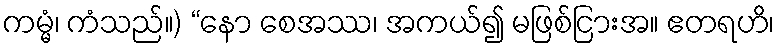
ကမ္မံ၊ ကံသည်။) “နော စေအဿ၊ အကယ်၍ မဖြစ်ငြားအ။ ဧတရဟိ၊